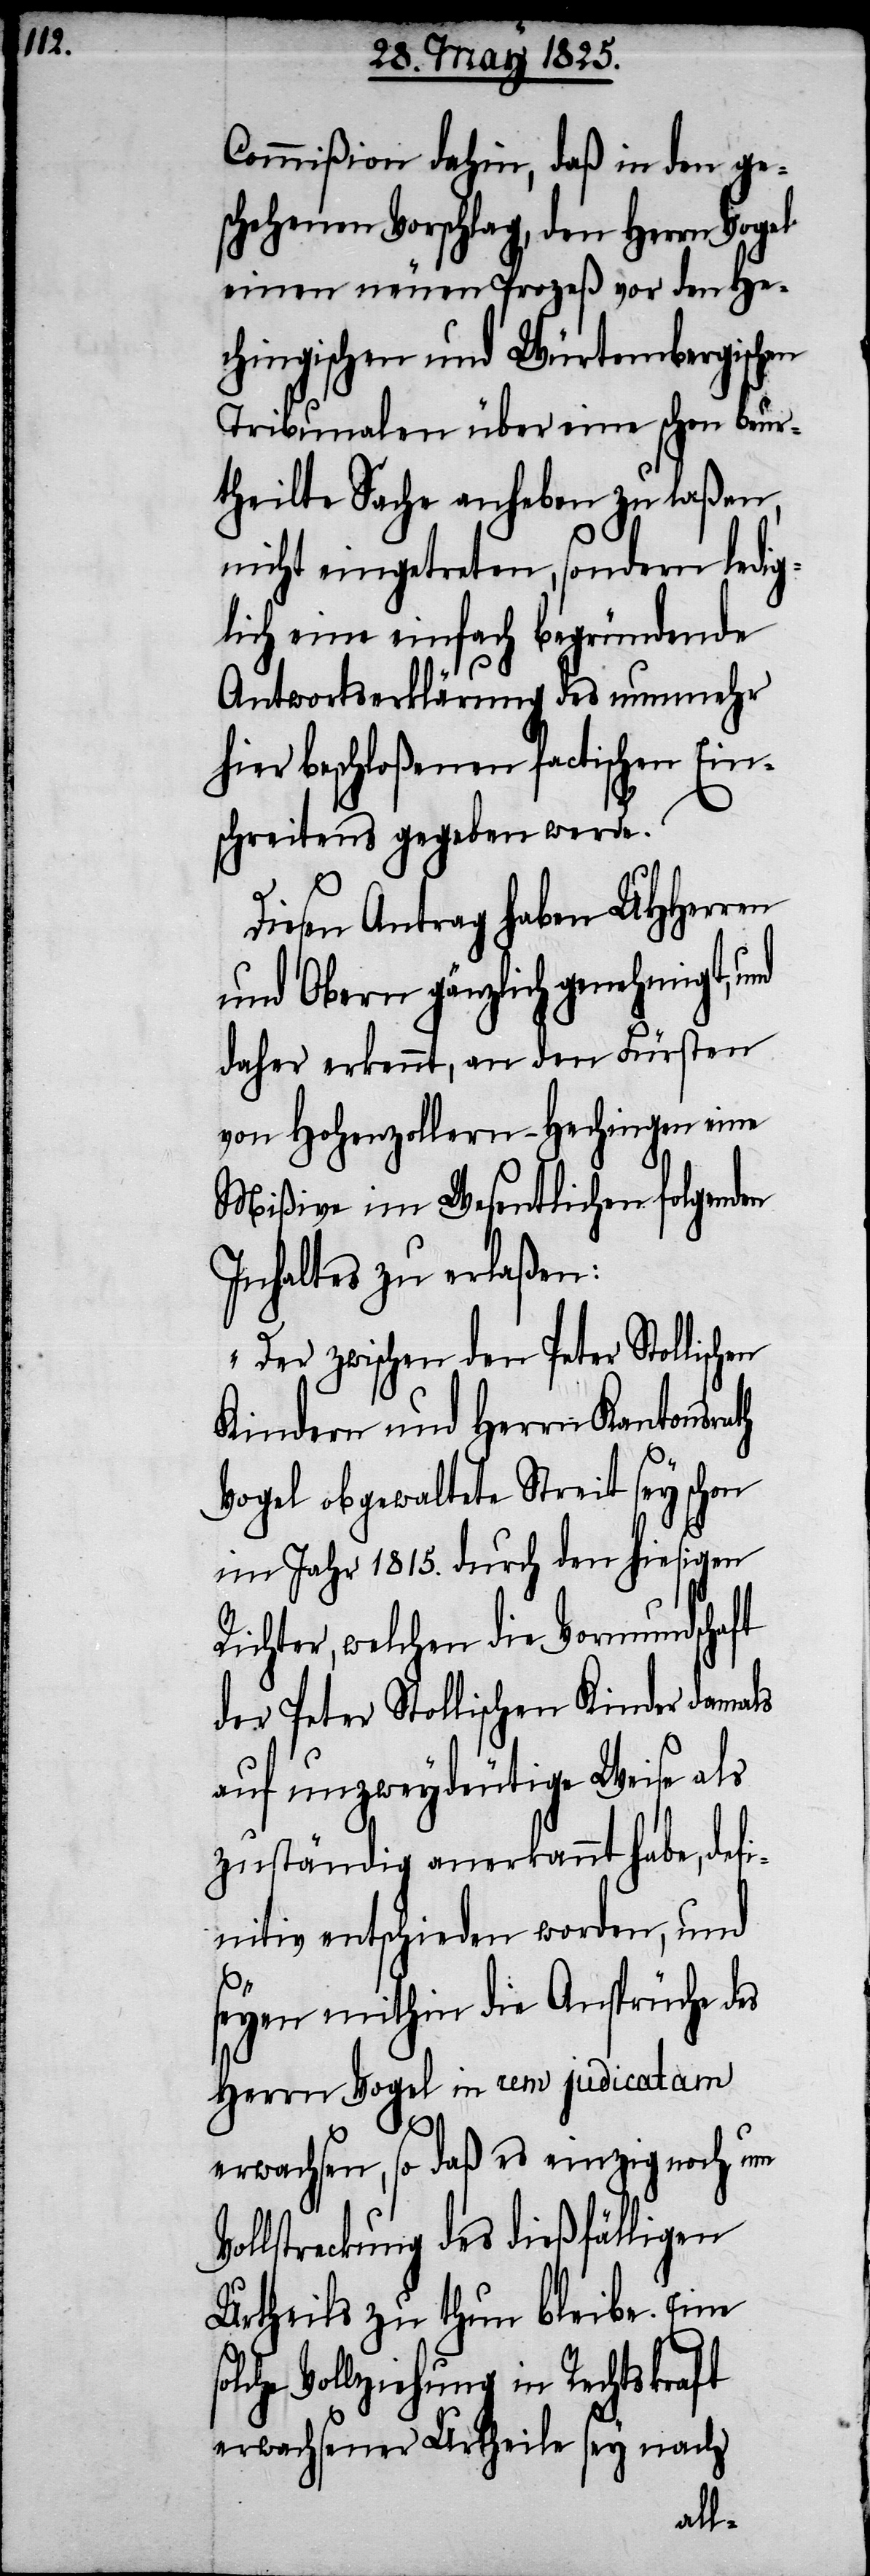
Commißion dahin, daß in den ge¬
schehenen Vorschlag, den Herrn Vo¬
einen neuen Prozeß vor den He¬
chingischen und Würtembergischen
Tribunalen über eine schon beur¬
theilte Sache aufheben zu laßen,
nicht eingetreten, sondern ledig¬
lich eine einfach begründende
Antwortserklärung des nunmehr
hier beschloßenen factischen Ein¬
schreitens gegeben werde.
Diesen Antrag haben UHHerren
und Obern gänzlich genehmigt,
daher erkennt, an den Fürsten
von Hohenzollern-Hechingen eine
Mißive im Wesentlichen folgenden
Inhaltes zu erlaßen:
„Der zwischen den Peter Stollischen
Kindern und Herrn Kantonsrath
Vogel obgewaltete Streit sey schon
im Jahr 1815. durch den hiesigen
Richter, welchen die Vormundschaft
der Peter Stollischen Kinder damals
auf unzweydeutige Weise als
zuständig anerkannt habe, def¬
initiv entschieden worden, und
seyen mithin die Ansprüche des
Herrn Vogel in rem judicatam
s¬
erwachsen, so daß es einzig noch um
Vollstreckung des dießfälligen
Urtheils zu thun bleibe. Eine
olche Vollziehung in Rechtskraft
erwachsener Urtheile sey nach